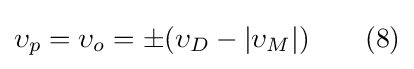
\upsilon _{p}=\upsilon _{o}=\pm (\upsilon _{D}-|\upsilon _{M}|)\qquad (8)